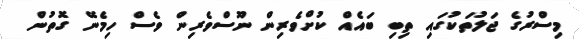
މިސްރުގެ ޖަލުތަކުގައި ތިބި ބައެއް ކުށްވެރިން ނޫސްވެރިން ވެސް ހިމެނޭ ގޮތުން